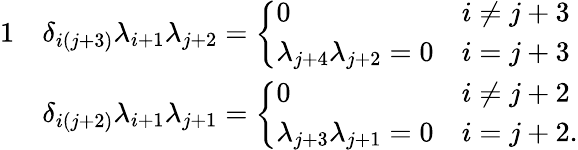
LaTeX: \begin{array}{rl}{{1}}&{\delta_{i(j+3)}\lambda_{i+1}\lambda_{j+2}=\left\{ \begin{array}{ll}{0}&{i\neq j+3}\\ {\lambda_{j+4}\lambda_{j+2}=0}&{i=j+3}\end{array}\right.}\\ &{\delta_{i(j+2)}\lambda_{i+1}\lambda_{j+1}=\left\{ \begin{array}{ll}{0}&{i\neq j+2}\\ {\lambda_{j+3}\lambda_{j+1}=0}&{i=j+2.}\end{array}\right.}\end{array}